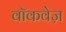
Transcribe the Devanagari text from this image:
वॉकवेज़